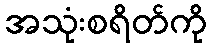
အသုံးစရိတ်ကို